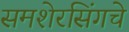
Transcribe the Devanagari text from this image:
समशेरसिंगचे